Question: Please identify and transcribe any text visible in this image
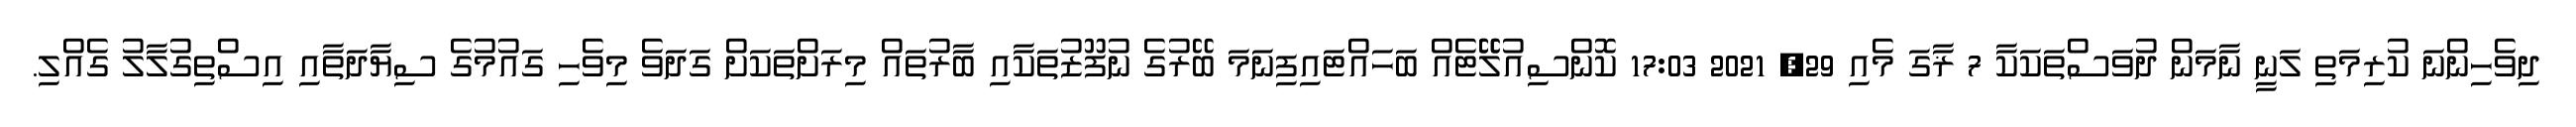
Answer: ދިވެހިންނަ ކުރިމަތި ލަނީ ނާމަން ދުވަސްތަކަކާ 7 ޜާގަ މެއި 29, 2021 17:03 ކޮންސިއުލޭޭޓެއް ބަހައްޓައިފިނަމަ ބޭރުގެ ނުފޫޒުތަކާއި ބާރުތައް މިރަށްތަކަށް ގަދަވެ މިވެހި ގައުމުގެ ސިޔާދަތާއި އިސްތިގުލާލު ގެއްލި.